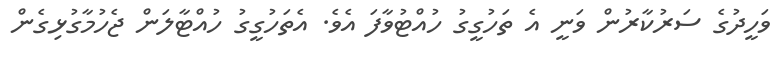
ވަހީދުގެ ސަރުކާރުން ވަނީ އެ ތަހުގީގު ހުއްޓުވާފަ އެވެ. އެތަހުގީގު ހުއްޓާލަން ޖެހުމާގުޅިގެން